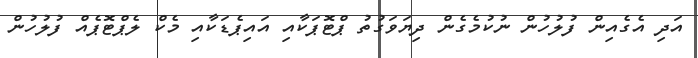
އަދި އެގެއިން ފުލުހުން ނުކުމެގެން ދިޔަވަގުތު ޕްޓޮޕަކާއި އައިޕެޑަކާއި މެކް ލެޕްޓޮޕެއް ފުލުހުން